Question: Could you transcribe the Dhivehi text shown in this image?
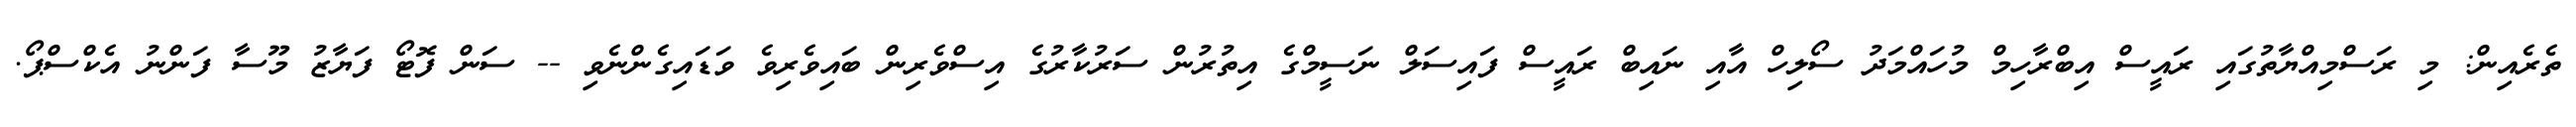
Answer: ތެރެއިން: މި ރަސްމިއްޔާތުގައި ރައީސް އިބްރާހިމް މުހައްމަދު ސޯލިހް އާއި ނައިބް ރައީސް ފައިސަލް ނަސީމްގެ އިތުރުން ސަރުކާރުގެ އިސްވެރިން ބައިވެރިވެ ވަޑައިގެންނެވި -- ސަން ފޮޓޯ ފަޔާޒު މޫސާ ފަންނު އެކްސްޕޯ.